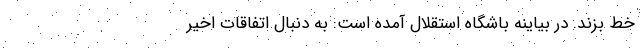
خط بزند. در بیاینه باشگاه استقلال آمده است: به دنبال اتفاقات اخیر